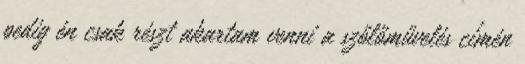
pedig én csak részt akartam venni a szőlőművelés címén